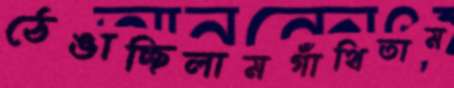
ঠেঙাচ্ছিলামগাঁথিতাম